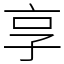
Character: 享